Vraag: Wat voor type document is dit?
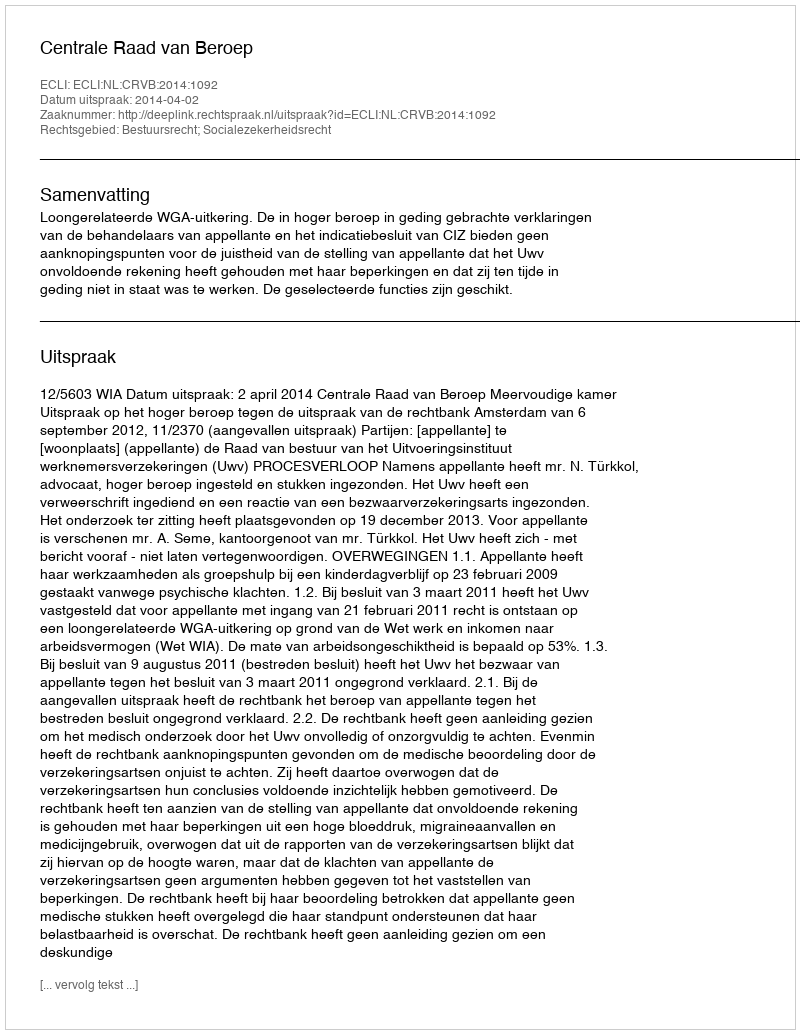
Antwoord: Uitspraak